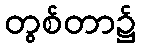
တွစ်တာ၌